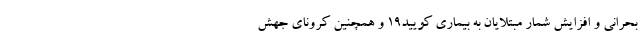
بحرانی و افزایش شمار مبتلایان به بیماری کویید۱۹ و همچنین کرونای جهش